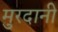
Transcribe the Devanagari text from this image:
मुरदानी